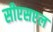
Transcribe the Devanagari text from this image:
सीएसएल